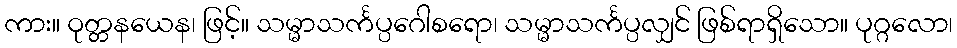
ကား။ ဝုတ္တနယေန၊ ဖြင့်။ သမ္မာသင်္ကပ္ပဂေါစရော၊ သမ္မာသင်္ကပ္ပလျှင် ဖြစ်ရာရှိသော။ ပုဂ္ဂလော၊